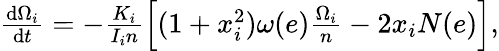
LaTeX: \begin{array}{r}{\frac{\mathrm{d}\Omega_{i}}{\mathrm{d}t}=-\frac{K_{i}}{I_{i}n}\left[(1+x_{i}^{2})\omega(e)\frac{\Omega_{i}}{n}-2x_{i}N(e)\right],}\end{array}